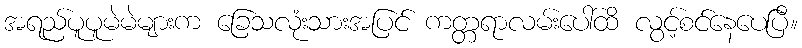
အရည်ပူပူမဲမဲများက ခြေသလုံးသားအပြင် ကတ္တရာလမ်းပေါ်ထိ လွင့်စင်နေပေပြီ။